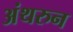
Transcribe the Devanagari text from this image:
अंथरुन